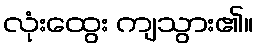
လုံးထွေး ကျသွား၏။